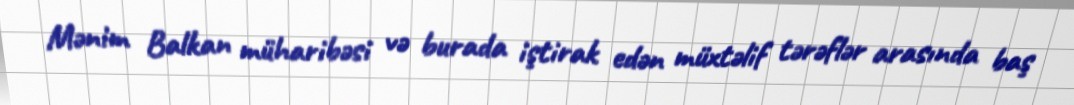
Mənim Balkan müharibəsi və burada iştirak edən müxtəlif tərəflər arasında baş